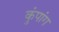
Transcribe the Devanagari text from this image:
कुंपांग